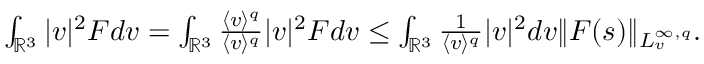
\begin{array} { r } { \int _ { \mathbb { R } ^ { 3 } } | v | ^ { 2 } F d v = \int _ { \mathbb { R } ^ { 3 } } \frac { \langle v \rangle ^ { q } } { \langle v \rangle ^ { q } } | v | ^ { 2 } F d v \leq \int _ { \mathbb { R } ^ { 3 } } \frac { 1 } { \langle v \rangle ^ { q } } | v | ^ { 2 } d v \| F ( s ) \| _ { L _ { v } ^ { \infty , q } } . } \end{array}